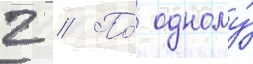
2 // По́ одному́